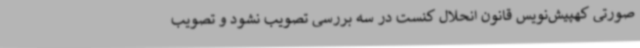
صورتی کهپیش‌نویس قانون انحلال کنست در سه بررسی تصویب نشود و تصویب